Leaving Certificate Examination, 1918
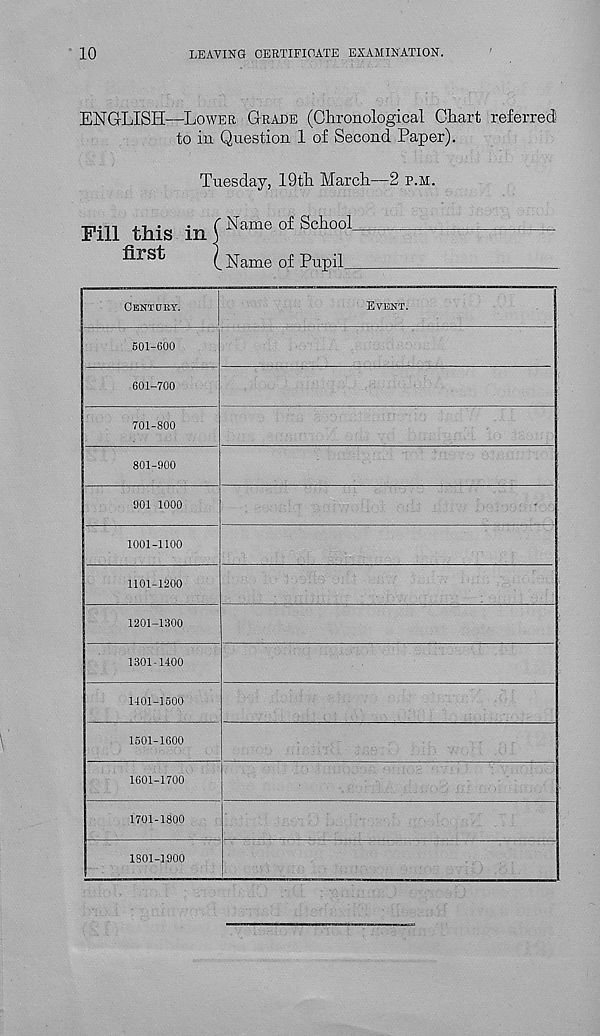
10
LEAVING CERTIFICATE EXAMINATION.
ENGLISH—LOWER GRADE (Chronological Chart referred
to in Question 1 of Second Paper).
Tuesday, 19th March—2 P.M.
f Name of School
Fill this in
first
^Name of Pupil